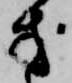
方